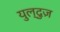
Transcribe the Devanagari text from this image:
युल्दुज़